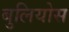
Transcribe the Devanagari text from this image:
बुलियोस